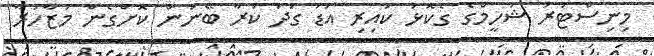
މިނިސްޓަރު ޝަހީމްގެ ގެކޮޅު ކައިރި އަޑު ގަދަ ކުރާ ބޭނުން ކޮށްގެން މުޒާހަރާ